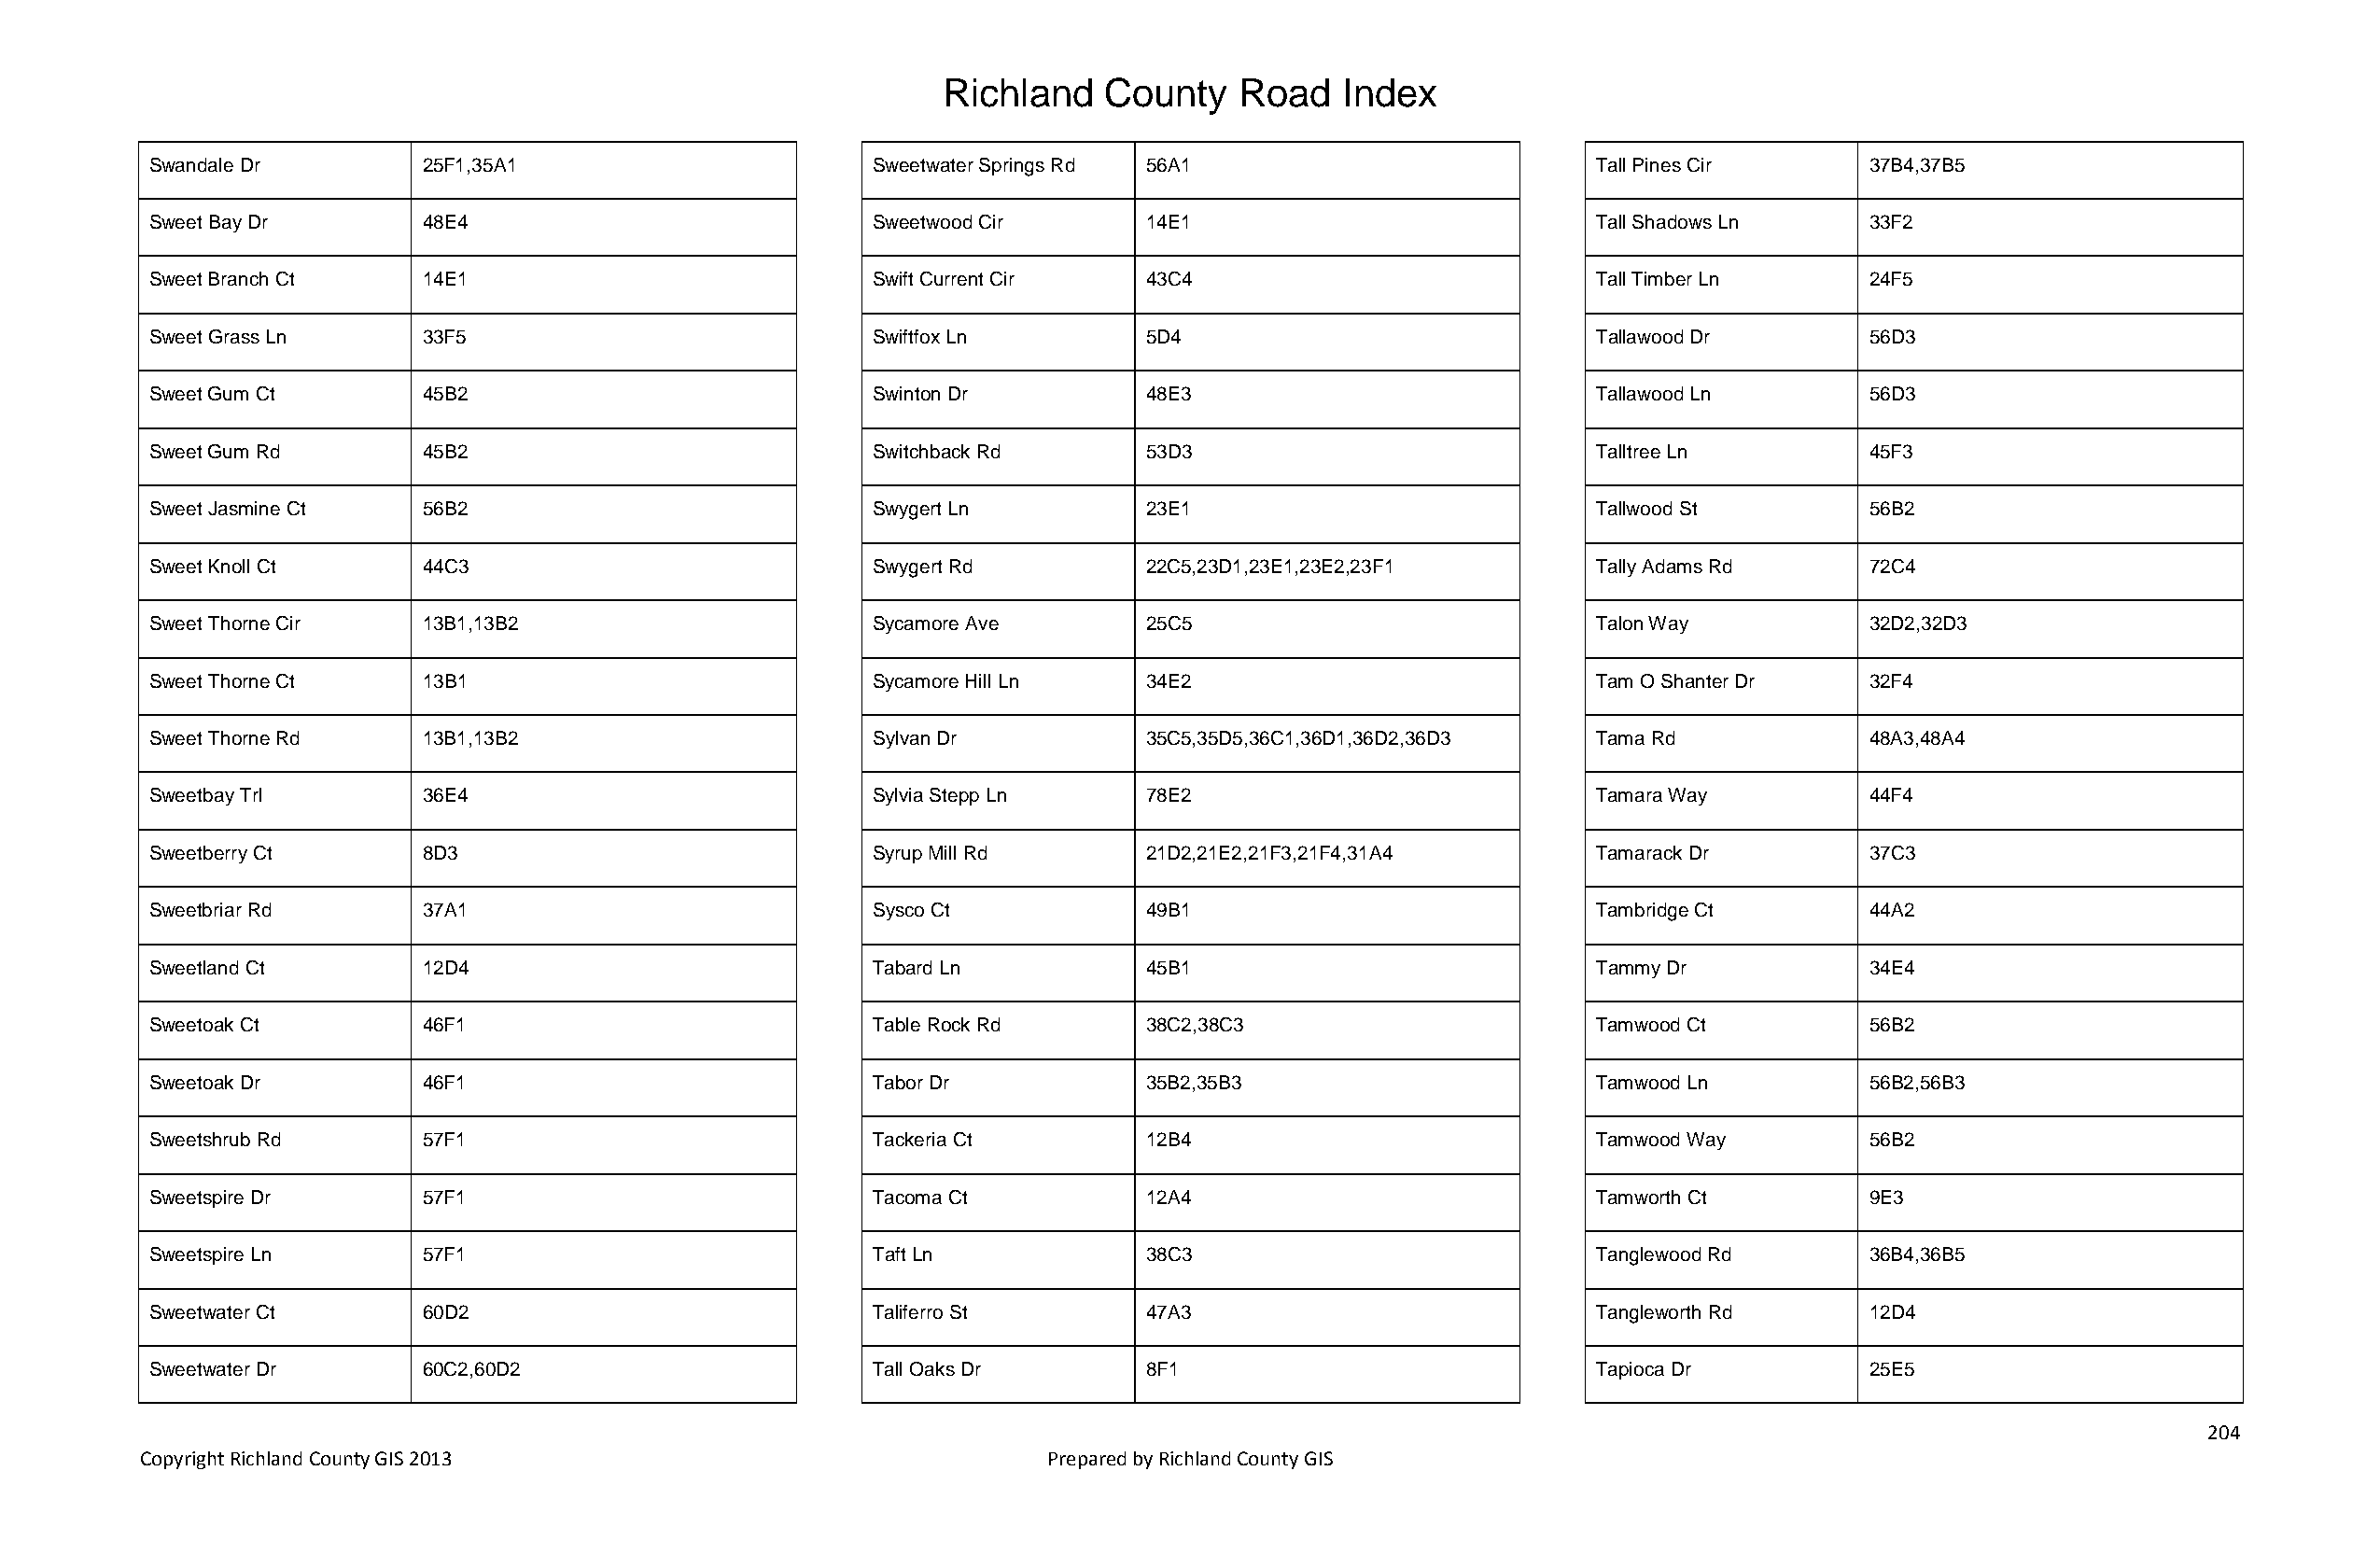
Richland   County    Road   Index
 Swandale Dr        25F1,35A1                       Sweetwater Springs Rd 56A1                         Tall Pines Cir      37B4,37B5
 Sweet Bay Dr       48E4                            Sweetwood Cir      14E1                            Tall Shadows Ln     33F2
 Sweet Branch Ct    14E1                            Swift Current Cir  43C4                            Tall Timber Ln      24F5
 Sweet Grass Ln     33F5                            Swiftfox Ln        5D4                             Tallawood Dr        56D3
 Sweet Gum Ct       45B2                            Swinton Dr         48E3                            Tallawood Ln        56D3
 Sweet Gum Rd       45B2                            Switchback Rd      53D3                            Talltree Ln         45F3
 Sweet Jasmine Ct   56B2                            Swygert Ln         23E1                            Tallwood St         56B2
 Sweet Knoll Ct     44C3                            Swygert Rd         22C5,23D1,23E1,23E2,23F1        Tally Adams Rd      72C4
 Sweet Thorne Cir   13B1,13B2                       Sycamore Ave       25C5                            Talon Way           32D2,32D3
 Sweet Thorne Ct    13B1                            Sycamore Hill Ln   34E2                            Tam O Shanter Dr    32F4
 Sweet Thorne Rd    13B1,13B2                       Sylvan Dr          35C5,35D5,36C1,36D1,36D2,36D3   Tama Rd             48A3,48A4
 Sweetbay Trl       36E4                            Sylvia Stepp Ln    78E2                            Tamara Way          44F4
 Sweetberry Ct      8D3                             Syrup Mill Rd      21D2,21E2,21F3,21F4,31A4        Tamarack Dr         37C3
 Sweetbriar Rd      37A1                            Sysco Ct           49B1                            Tambridge Ct        44A2
 Sweetland Ct       12D4                            Tabard Ln          45B1                            Tammy Dr            34E4
 Sweetoak Ct        46F1                            Table Rock Rd      38C2,38C3                       Tamwood Ct          56B2
 Sweetoak Dr        46F1                            Tabor Dr           35B2,35B3                       Tamwood Ln          56B2,56B3
 Sweetshrub Rd      57F1                            Tackeria Ct        12B4                            Tamwood Way         56B2
 Sweetspire Dr      57F1                            Tacoma Ct          12A4                            Tamworth Ct         9E3
 Sweetspire Ln      57F1                            Taft Ln            38C3                            Tanglewood Rd       36B4,36B5
 Sweetwater Ct      60D2                            Taliferro St       47A3                            Tangleworth Rd      12D4
 Sweetwater Dr      60C2,60D2                       Tall Oaks Dr       8F1                             Tapioca Dr          25E5
 204
 Copyright Richland County GIS 2013                              Prepared by Richland County GIS